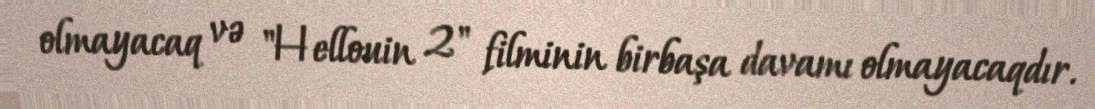
olmayacaq və "Hellouin 2" filminin birbaşa davamı olmayacaqdır.